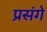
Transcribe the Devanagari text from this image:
प्रसंगे